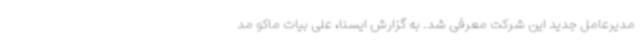
مدیرعامل جدید این شرکت معرفی شد. به گزارش ایسنا، علی بیات ماکو مد